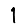
Digit: 1